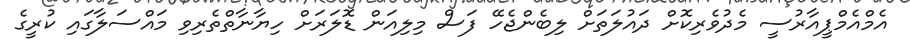
އެމްއެމްޕީއާރުސީ މެދުވެރިކޮށް ދައުލަތަށް ލިބެންޖެހޭ ފަސް މިލިއަން ޑޮލަރަށް ހިޔާނާތްތެރިވި މައްސަލާގައި ކުރީގެ